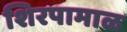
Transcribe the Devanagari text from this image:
शिरपामाळ